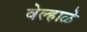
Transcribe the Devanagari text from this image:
वेल्हाळे